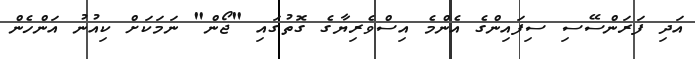
އަދި ފަރަންސޭސި ސިފައިންގެ އެންމެ އިސްވެރިޔާގެ ގޮތުގައި "ޖޯން" ނަމަކަށް ކިއުނު އަންހެން